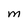
Character: M